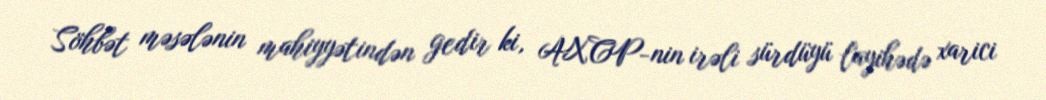
Söhbət məsələnin mahiyyətindən gedir ki, AXCP-nin irəli sürdüyü layihədə xarici